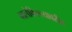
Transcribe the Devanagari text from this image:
बालेकिल्ल्यावरील